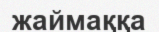
жаймаққа